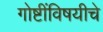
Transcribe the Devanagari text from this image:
गोष्टींविषयीचे